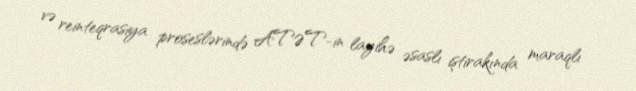
və reinteqrasiya proseslərində ATƏT-in layihə əsaslı iştirakında maraqlı